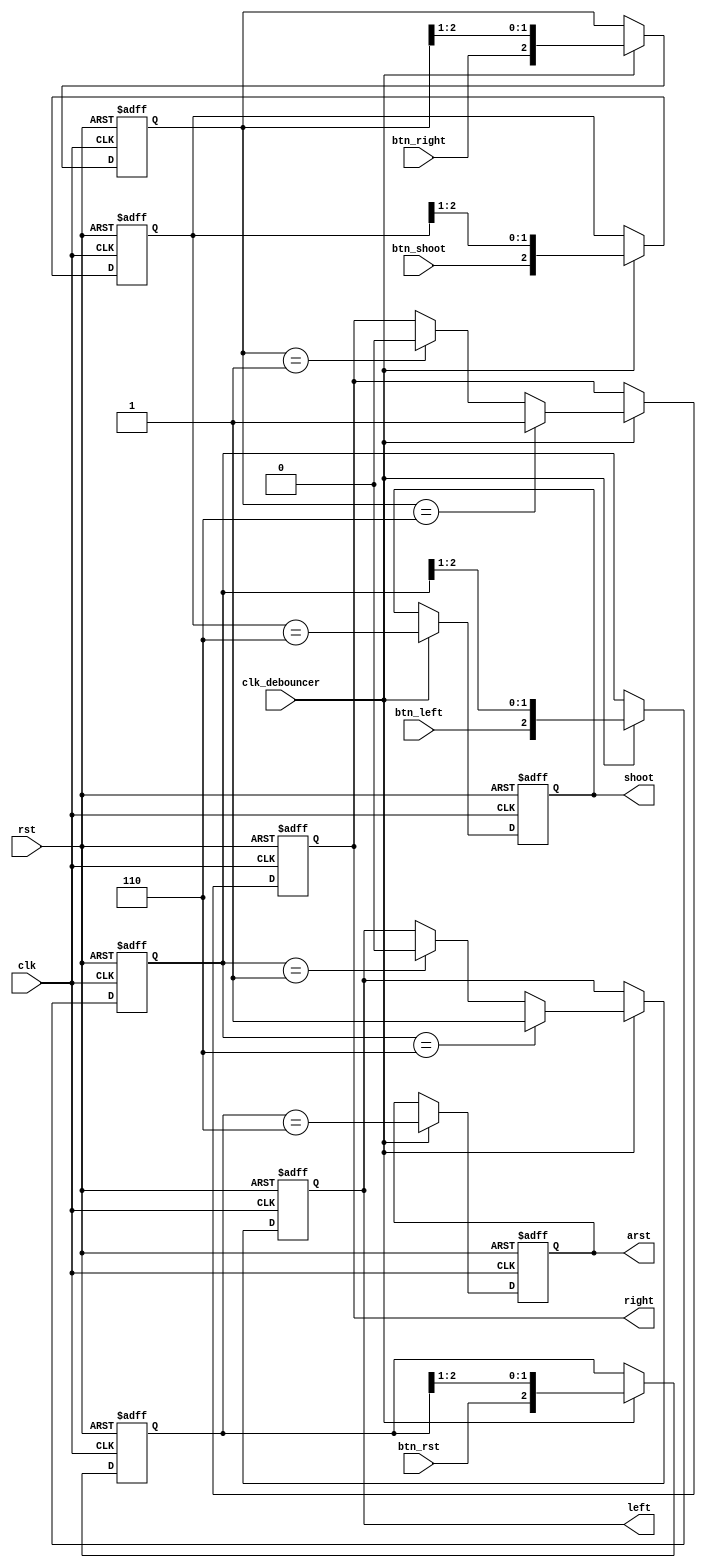
`timescale 1ns / 1ps

// Debounces button signals
module debouncer(
	input clk,
	input clk_debouncer, // Sampling frequency
	input rst,

    // Button signals
	input btn_shoot,
	input btn_left,
	input btn_right,
	input btn_rst,
	
    // Debounced signals
	output reg shoot,
	output reg left,
	output reg right,
	output reg arst
    );

    // Store three samples for each button
    reg [2:0] step_shoot, step_left, step_right, step_arst;

	always @ (posedge clk or posedge rst) begin
		if (rst) begin
			shoot <= 0;
			left <= 0;
			right <= 0;
			arst <= 0;
			step_shoot <= 3'b0;
			step_left <= 3'b0;
			step_right <= 3'b0;
			step_arst <= 3'b0;
		end
		else if (clk_debouncer) begin
			// Update our three samples for each button
			step_shoot <= {btn_shoot, step_shoot[2:1]}; 
			step_left <= {btn_left, step_left[2:1]};
			step_right <= {btn_right, step_right[2:1]};
			step_arst <= {btn_rst, step_arst[2:1]};

            // Event occurs when each button is high and stops when each
            // button is low
			if (step_right == 3'b110)
				right <= 1;
			else if (step_right == 3'b001)
				right <= 0;
				 
			if (step_left == 3'b110)
				left <= 1;
			else if (step_left == 3'b001)
				left <= 0;
			 
            // Single event occurs for each button press
			shoot <= (step_shoot == 3'b110);
			arst <= (step_arst == 3'b110);
		end
	end		

endmodule